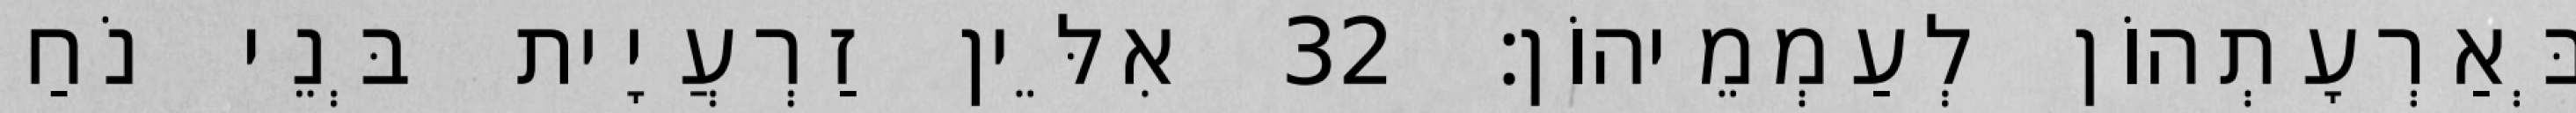
בְּאַרְעָתְהוֹן לְעַמְמֵיהוֹן׃ 32 אִלֵּין זַרְעֲיָית בְּנֵי נֹחַ